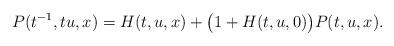
LaTeX: \begin{align*}P(t^{-1},tu,x) = H(t,u,x) + \big(1 + H(t,u,0)\big)P(t,u,x).\end{align*}